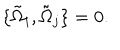
\{ \tilde { \Omega } _ { i } , \tilde { \Omega } _ { j } \} = 0 .